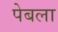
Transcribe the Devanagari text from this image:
पेबला